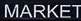
MARKET